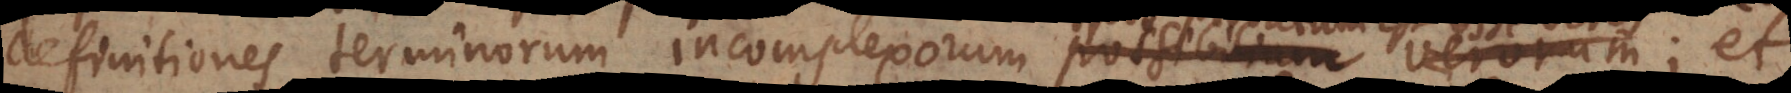
definitiones terminorum incomplexorum possibilium verorum; quo